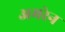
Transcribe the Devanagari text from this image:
अमरेन